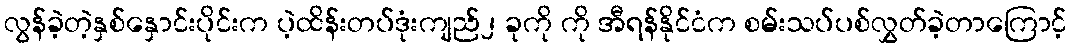
လွန်ခဲ့တဲ့နှစ်နှောင်းပိုင်းက ပဲ့ထိန်းတပ်ဒုံးကျည်၂ ခုကို ကို အီရန်နိုင်ငံက စမ်းသပ်ပစ်လွှတ်ခဲ့တာကြောင့်